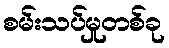
စမ်းသပ်မှုတစ်ခု